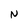
Character: N